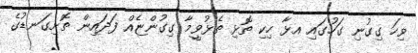
ވިހަ ގިގުނި ގަހުގައި އޅާ ހިކި ތޮޅި ތެޅުވީމާ ގިގުންޏެއް ފަދައިން ތޮށިގަނޑުގެ